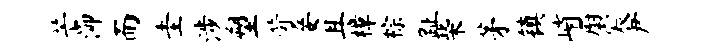
芒泖而圭涉塑苛妾且樟棕趾柴茅镇峭厨宸尹